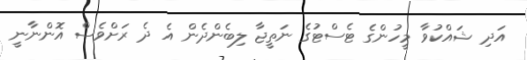
އަދި ޝައްކުވާ މީހުންގެ ޓެސްޓުގެ ނަތީޖާ ލިބެންދެން އެ ދެ ރަށްވެސް އޮންނާނީ